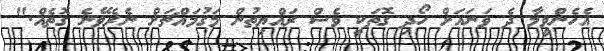
އެހެންވީމާ ދެ ވަނައަށް ހޯދި ގޮތަކީ ވެސް ރައްޔިތުން މަގުމައްޗަށް ނެރެވޭނެ ގޮތެއް."